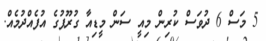
5 މަސް 6 ދުވަސް ކުރިން މިއީ ސަން މީޑިއާ ގުރޫޕުގެ އުފެއްދުމެއް.